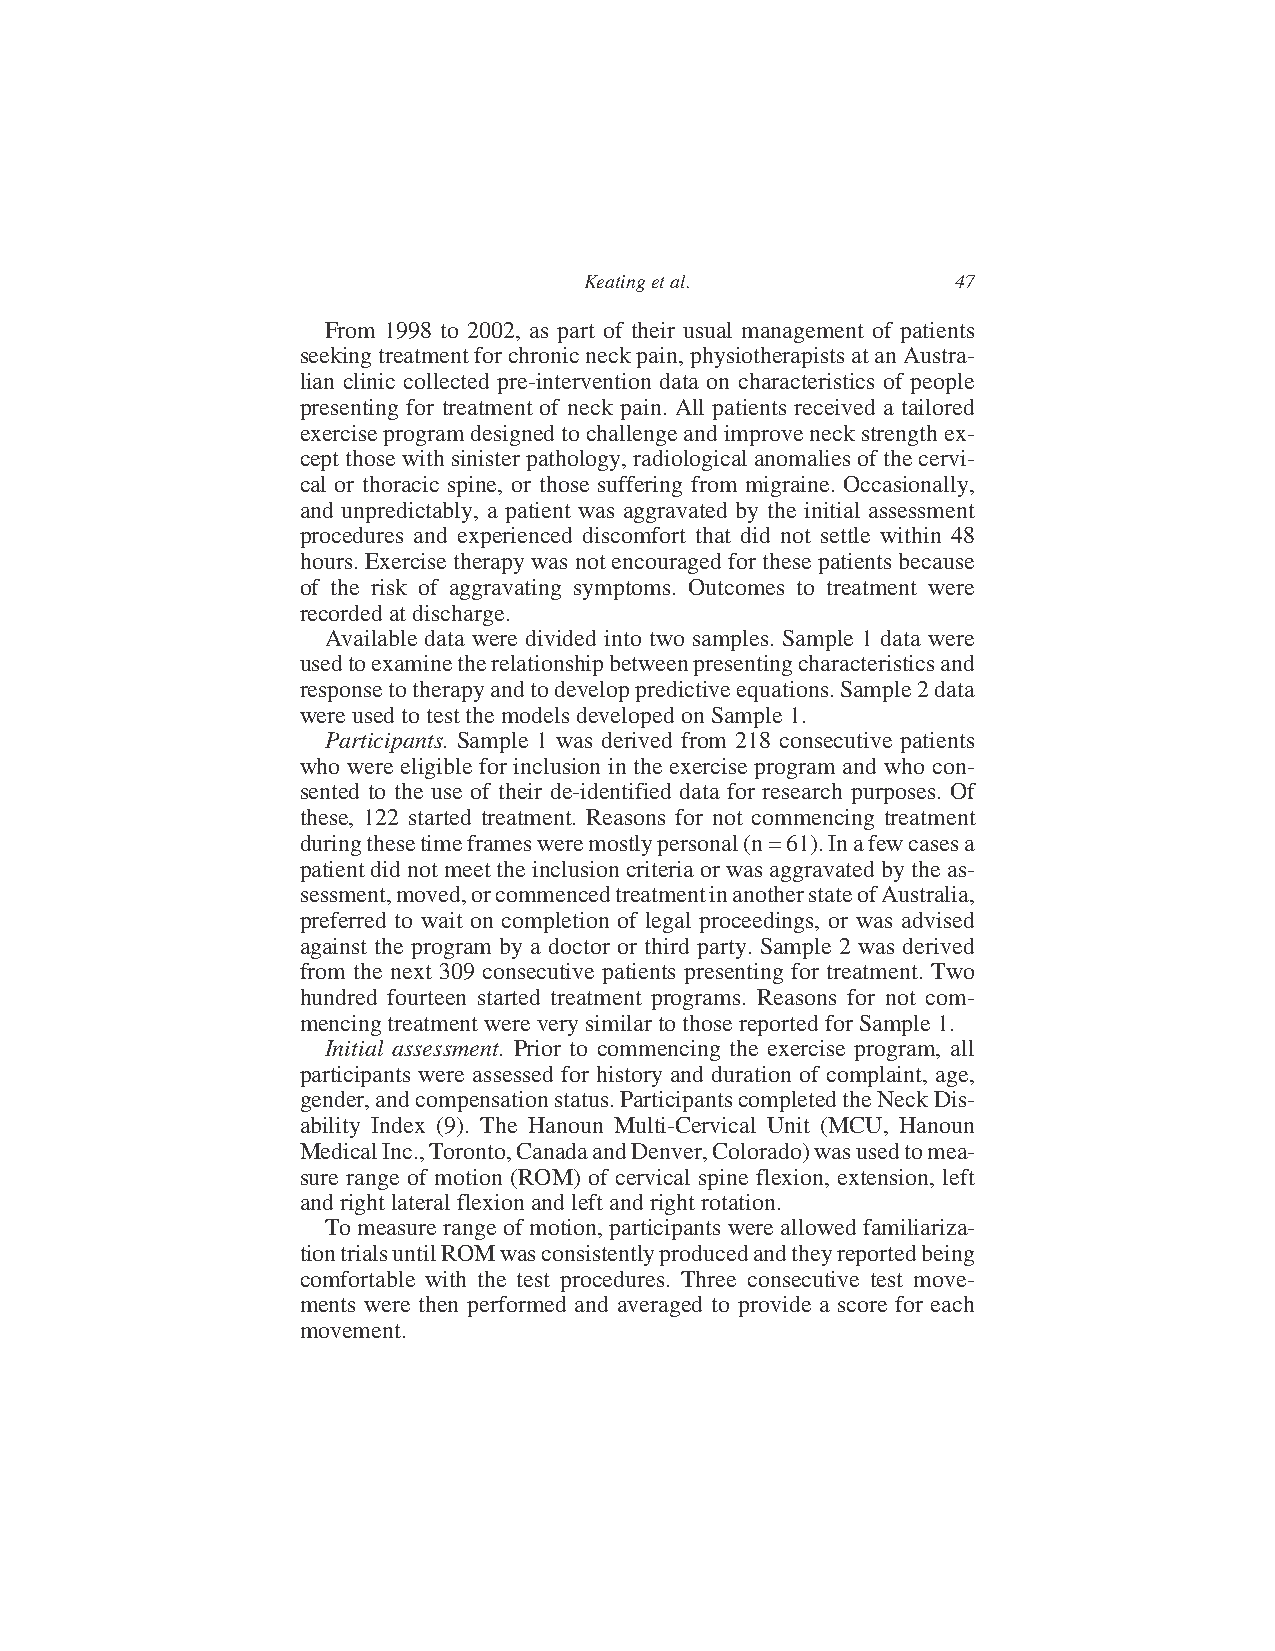
Keating et al.          47
 From 1998 to 2002, as part of their usual management of patients
 seekingtreatmentforchronicneckpain,physiotherapistsatanAustra-
 lian clinic collected pre-intervention data on characteristics of people
 presenting for treatment of neck pain. All patients received a tailored
 exerciseprogramdesignedtochallengeandimproveneckstrengthex-
 ceptthosewithsinisterpathology,radiologicalanomaliesofthecervi-
 cal or thoracic spine, or those suffering from migraine. Occasionally,
 and unpredictably, a patient was aggravated by the initial assessment
 procedures and experienced discomfort that did not settle within 48
 hours. Exercisetherapywas notencouragedfor thesepatientsbecause
 of the risk of aggravating symptoms. Outcomes to treatment were
 recorded at discharge.
 Available data were divided into two samples. Sample 1 data were
 usedtoexaminetherelationshipbetweenpresentingcharacteristicsand
 responsetotherapyandtodeveloppredictiveequations.Sample2data
 were used to test the models developed on Sample 1.
 Participants. Sample 1 was derived from 218 consecutive patients
 who were eligible for inclusion in the exercise program and who con-
 sented to the use of their de-identified data for research purposes. Of
 these, 122 started treatment. Reasons for not commencing treatment
 duringthesetimeframesweremostlypersonal(n=61).Inafewcasesa
 patientdidnotmeettheinclusioncriteriaorwas aggravatedbytheas-
 sessment,moved,orcommencedtreatmentinanotherstateofAustralia,
 preferred to wait on completion of legal proceedings, or was advised
 against the program by a doctor or third party. Sample 2 was derived
 from the next 309 consecutive patients presenting for treatment. Two
 hundred fourteen started treatment programs. Reasons for not com-
 mencing treatment were very similar to those reported for Sample 1.
 Initial assessment. Prior to commencing the exercise program, all
 participants were assessed for history and duration of complaint, age,
 gender,andcompensationstatus.ParticipantscompletedtheNeckDis-
 ability Index (9). The Hanoun Multi-Cervical Unit (MCU, Hanoun
 MedicalInc.,Toronto,CanadaandDenver,Colorado)wasusedtomea-
 sure range of motion (ROM) of cervical spine flexion, extension, left
 and right lateral flexion and left and right rotation.
 To measure range of motion, participantswere allowed familiariza-
 tiontrialsuntilROMwasconsistentlyproducedandtheyreportedbeing
 comfortable with the test procedures. Three consecutive test move-
 ments were then performed and averaged to provide a score for each
 movement.